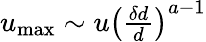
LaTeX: \begin{array}{r}{u_{\mathrm{max}}\sim u\left(\frac{\delta d}{d}\right)^{a-1}}\end{array}